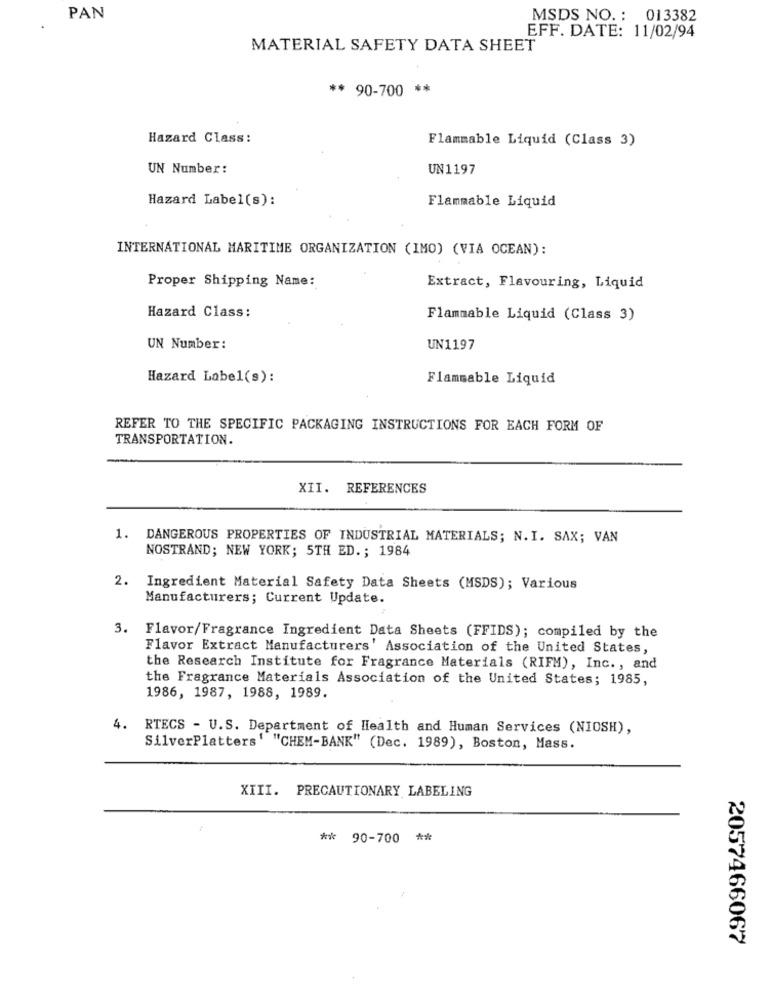
PAN
MSDS NO. : 013382
EFF. DATE: 11/02/94
MATERIAL SAFETY DATA SHEET
** 90-700 **
Hazard Class:
Flammable Liquid (Class 3)
UN Number:
UN1197
Hazard Label(s):
Flammable Liquid
INTERNATIONAL MARITIME ORGANIZATION (IMO) (VIA OCEAN):
Proper Shipping Name:
Extract, Flavouring, Liquid
Hazard Class:
Flammable Liquid (Class 3)
UN Number:
UN1197
Hazard Label(s):
Flammable Liquid
REFER TO THE SPECIFIC PACKAGING INSTRUCTIONS FOR EACH FORM OF
TRANSPORTATION.
XII. REFERENCES
1. DANGEROUS PROPERTIES OF INDUSTRIAL MATERIALS; N.I. SAX; VAN
NOSTRAND; NEW YORK; 5TH ED .; 1984
2. Ingredient Material Safety Data Sheets (MSDS); Various
Manufacturers; Current Update.
3. Flavor/Fragrance Ingredient Data Sheets (FFIDS); compiled by the
Flavor Extract Manufacturers' Association of the United States,
the Research Institute for Fragrance Materials (RIFM), Inc ., and
the Fragrance Materials Association of the United States; 1985,
1986, 1987, 1988, 1989.
4. RTECS - U.S. Department of Health and Human Services (NIOSH),
SilverPlatters' "CHEM-BANK" (Dec. 1989), Boston, Mass.
XIII. PRECAUTIONARY LABELING
** 90-700 **
2057466067